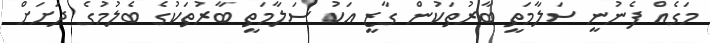
މަގެއް ފެނުނީ ސަލާމަތީ ބާރުތަކުން ގާޒީ އަކު ސަލާމަތީ ބާރުތަކުގެ ބެލުމުގެ ދަށަށް